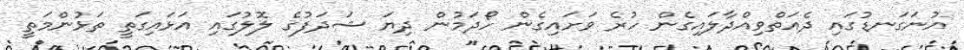
އުނަގަނޑުގައި ދެއަތްވިއްދާލައިގެން ހުރެ ވަށައިގެން ހޯދަމުން ދިޔަ ޝަދަފުގެ ލޮލުގައި އަޅައިގަތީ ތަޅުންމަތީ